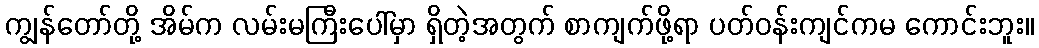
ကျွန်တော်တို့ အိမ်က လမ်းမကြီးပေါ်မှာ ရှိတဲ့အတွက် စာကျက်ဖို့ရာ ပတ်ဝန်းကျင်ကမ ကောင်းဘူး။